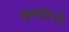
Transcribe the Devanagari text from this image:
सम्पादित्रों